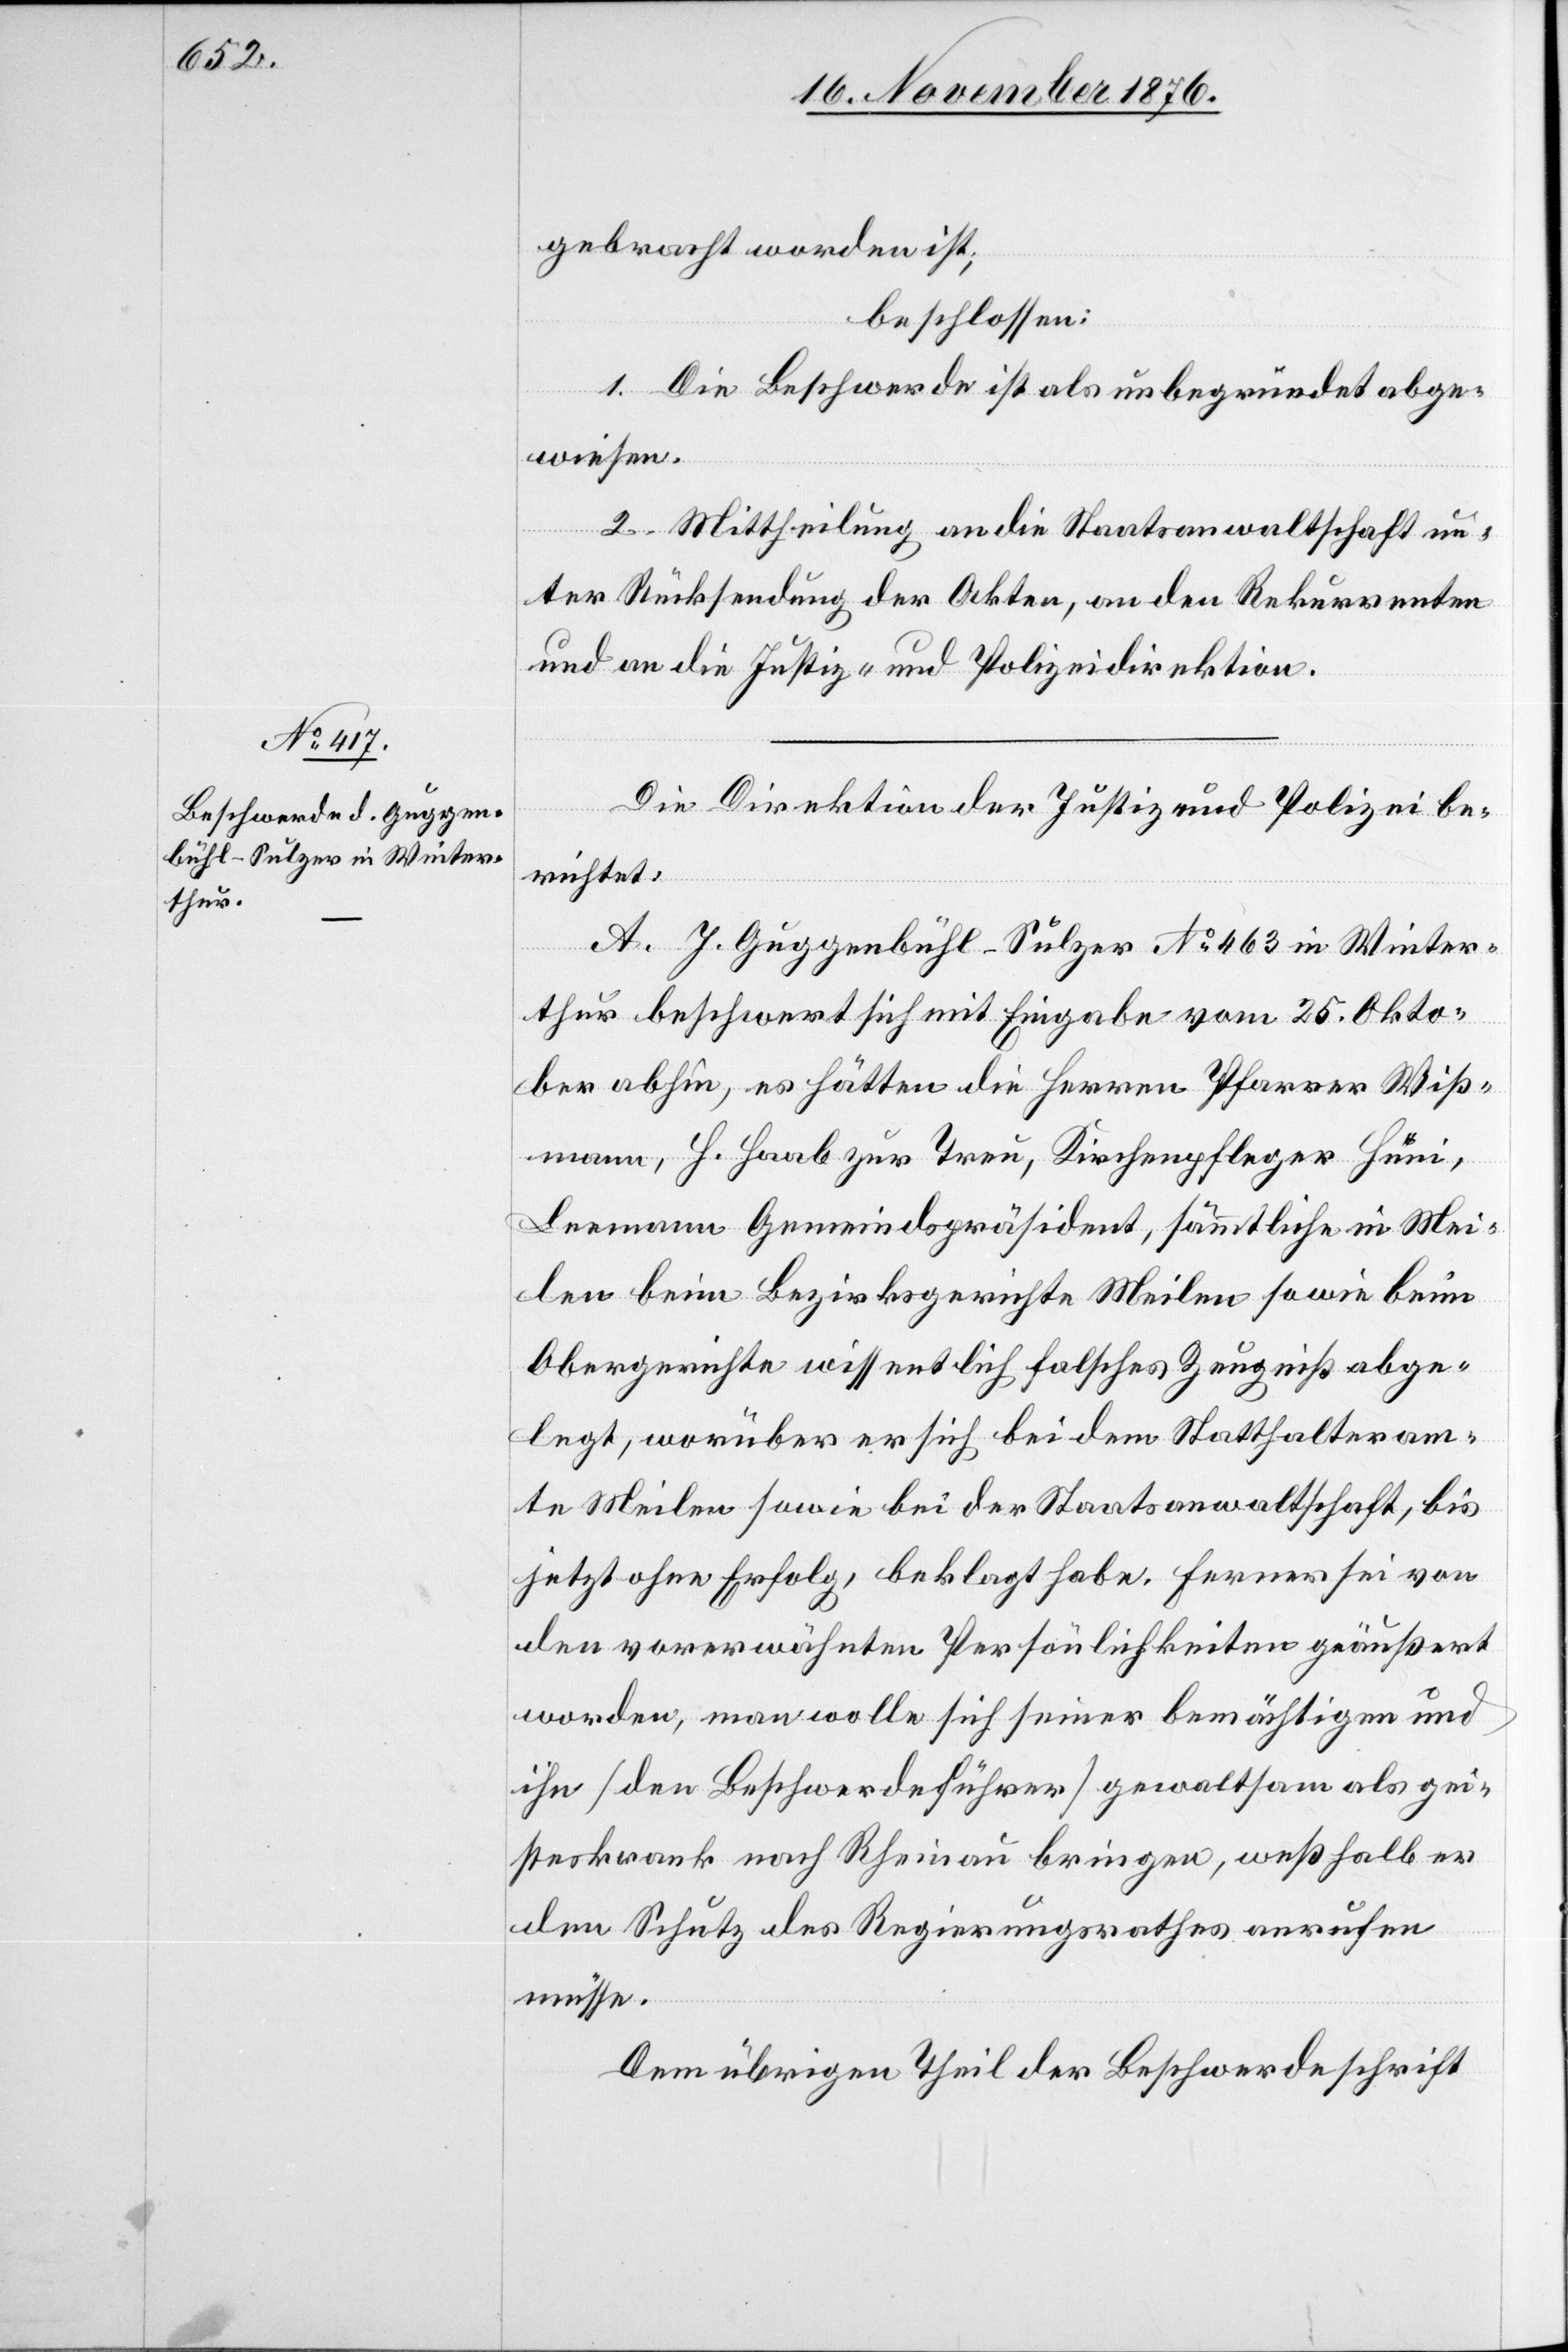
gebracht worden ist;
beschlossen:
1. Die Beschwerde ist als unbegründet abge¬
wiesen.
2. Mittheilung an die Staatsanwaltschaft un¬
ter Rücksendung der Akten, an den Rekurrenten
und an die Justiz- und Polizeidirektion.
Die Direktion der Justiz und Polizei be¬
richtet:
A. J. Guggenbühl-Sulzer No 463 in Winter¬
thur beschwert sich mit Eingabe vom 25. Okto¬
ber abhin, es hätten die Herren Pfarrer Wiß¬
mann, H. Haab zur Treu, Kirchenpfleger Hüni,
Leemann Gemeindspräsident, sämmtliche in Mei¬
len beim Bezirksgerichte Meilen sowie beim
Obergerichte wissentlich solches Zeugniß abge¬
legt, worüber er sich bei dem Statthalteram¬
te Meilen sowie bei der Staatsanwaltschaft, bis
jetzt ohne Erfolgt, beklagt habe. Ferner sei von
den vorerwähnten Persönlichkeiten geäußert
worden, man wolle sich seiner bemächtigen und
ihn [den Beschwerdeführer] gewaltsam als gei¬
steskrank nach Rheinau bringen, weßhalb er
den Schutz des Regierungsrathes anrufen
müsse.
Dem übrigen Theil der Beschwerdeschrift